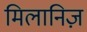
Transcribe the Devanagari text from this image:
मिलानिज़